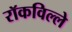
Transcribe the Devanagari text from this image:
रॉकविल्ले